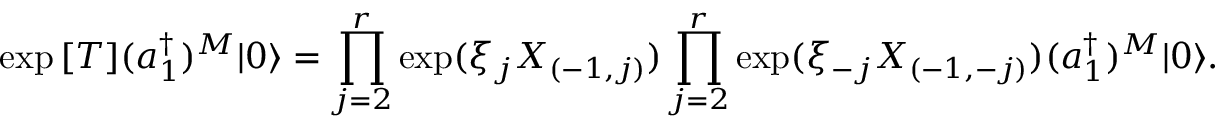
\exp { [ T ] } ( a _ { 1 } ^ { \dagger } ) ^ { M } | 0 \rangle = \prod _ { j = 2 } ^ { r } \exp ( \xi _ { j } X _ { ( - 1 , j ) } ) \prod _ { j = 2 } ^ { r } \exp ( \xi _ { - j } X _ { ( - 1 , - j ) } ) ( a _ { 1 } ^ { \dagger } ) ^ { M } | 0 \rangle .